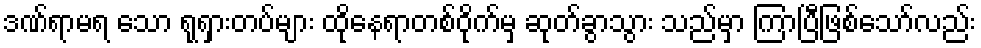
ဒဏ်ရာမရ သော ရုရှားတပ်များ ထိုနေရာတစ်ဝိုက်မှ ဆုတ်ခွာသွား သည်မှာ ကြာပြီဖြစ်သော်လည်း